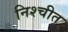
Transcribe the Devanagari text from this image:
निश्‍चीत